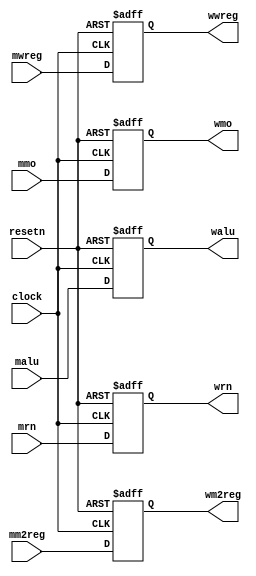
module pipemwreg( mwreg,mm2reg,mmo,malu,mrn,clock,resetn,
								wwreg,wm2reg,wmo,walu,wrn);			
	input mwreg,mm2reg,clock,resetn;
	input [31:0] mmo,malu;
	input [4:0] mrn;
	
	output reg wwreg,wm2reg;
	output reg [31:0] wmo,walu;
	output reg [4:0] wrn;

	always @(negedge resetn or posedge clock)
		if(resetn==0)
			begin
				wwreg<=0;
				wm2reg<=0;
				walu<=0;
				wmo<=0;
				wrn<=0;
			end
		else
			begin
				wwreg<=mwreg;
				wm2reg<=mm2reg;
				walu<=malu;
				wmo<=mmo;
				wrn<=mrn;
			end
endmodule